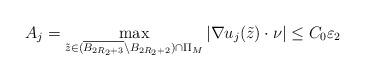
LaTeX: \begin{align*}A_j=\max_{\tilde{z}\in (\overline{B_{2R_2+3}}\backslash B_{2R_2+2})\cap \Pi_M }|\nabla u_j(\tilde{z})\cdot \nu|\leq C_0\varepsilon_2\end{align*}